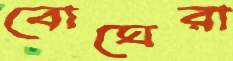
বোঘেরা